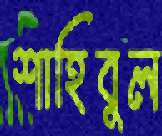
শাহিবুল